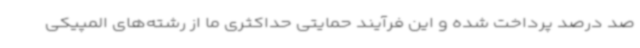
صد درصد پرداخت شده و این فرآیند حمایتی حداکثری ما از رشته‌های المپیکی